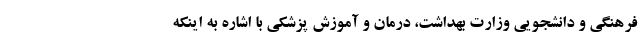
فرهنگی و دانشجویی وزارت بهداشت، درمان و آموزش پزشکی با اشاره به اینکه